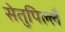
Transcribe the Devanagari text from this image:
सेतुपिल्लै